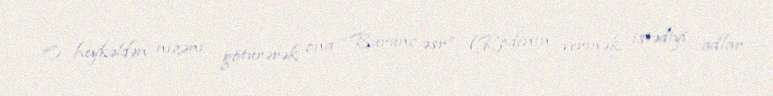
O heykəldən nizəni götürərək ona “Bürünc əsr” (Rodenin vermək istədiyi adlar